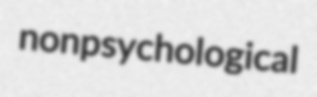
nonpsychological